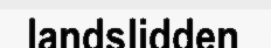
landslidden